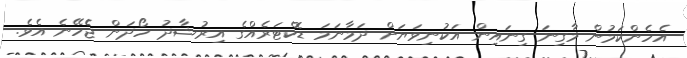
އެހެންކަމުން މާގިނަ ގިނައިން އަކުނިވަޔަށް ދަމާނަމަ ޑޮކްޓަރެއްގެ އިރުޝާދު ހޯދަން ޖެެހޭނެ އެވެ.